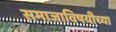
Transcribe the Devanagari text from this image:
समाजाविषयीच्या